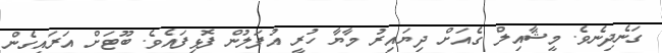
ގަނެދިނެވެ. މީޝާއިލް ގެއަށް ދިޔައިރު މާޔާ ހުރީ އުފަލުން ފޮޅިފައެވެ. ބޫޓަށް އަރައިގެން